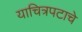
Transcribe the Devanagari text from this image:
याचित्रपटाचे